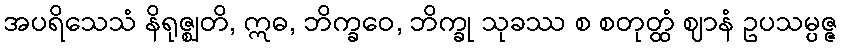
အပရိသေသံ နိရုဇ္ဈတိ, ဣဓ, ဘိက္ခဝေ, ဘိက္ခု သုခဿ စ စတုတ္ထံ ဈာနံ ဥပသမ္ပဇ္ဇ